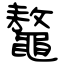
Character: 鼇